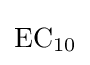
{\mathrm {EC} {\vphantom {A}}_{\smash[{t}]{10}}}